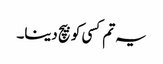
یہ تم کسی کو بیچ دینا۔